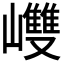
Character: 𡾼